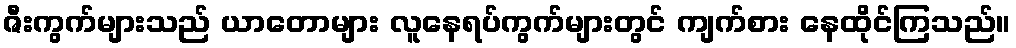
ဇီးကွက်များသည် ယာတောများ လူနေရပ်ကွက်များတွင် ကျက်စား နေထိုင်ကြသည်။